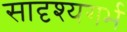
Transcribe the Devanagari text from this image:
सादृश्यगर्भ